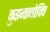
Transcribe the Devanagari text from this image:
कुझ्मानोविच